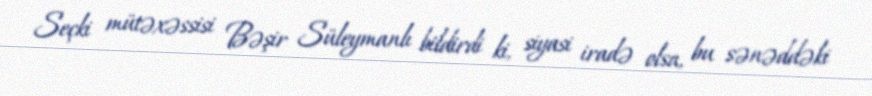
Seçki mütəxəssisi Bəşir Süleymanlı bildirdi ki, siyasi iradə olsa, bu sənəddəki